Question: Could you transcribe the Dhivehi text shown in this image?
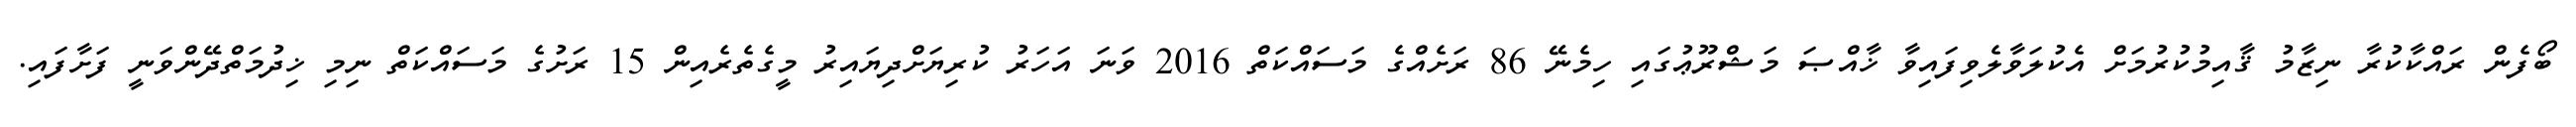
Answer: ބޯފެން ރައްކާކުރާ ނިޒާމު ޤާއިމުކުރުމަށް އެކުލަވާލެވިފައިވާ ޚާއްޞަ މަޝްރޫޢުގައި ހިމެނޭ 86 ރަށެއްގެ މަސައްކަތް 2016 ވަނަ އަހަރު ކުރިޔަށްދިޔައިރު މީގެތެރެއިން 15 ރަށުގެ މަސައްކަތް ނިމި ޚިދުމަތްދޭންވަނީ ފަށާފައި.